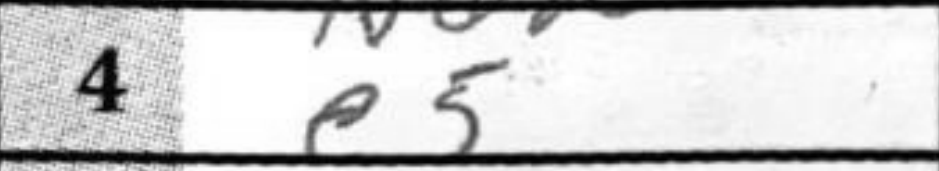
Transcription: e5